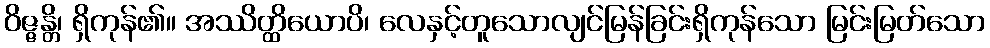
ဝိဇ္ဇန္တိ၊ ရှိကုန်၏။ အဿိတ္ထိယောပိ၊ လေနှင့်တူသောလျင်မြန်ခြင်းရှိကုန်သော မြင်းမြတ်သော